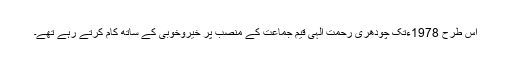
اس طرح 1978ءتک چودھری رحمت الٰہی قیم جماعت کے منصب پر خیروخوبی کے ساتھ کام کرتے رہے تھے۔